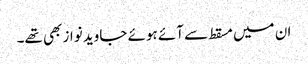
ان میں مسقط سے آئے ہوئے جاوید نواز بھی تھے۔